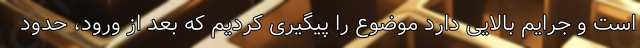
است و جرایم بالایی دارد موضوع را پیگیری کردیم که بعد از ورود، حدود